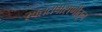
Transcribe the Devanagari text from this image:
रक्ततपासणीतून